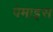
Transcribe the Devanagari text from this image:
पेमाइस